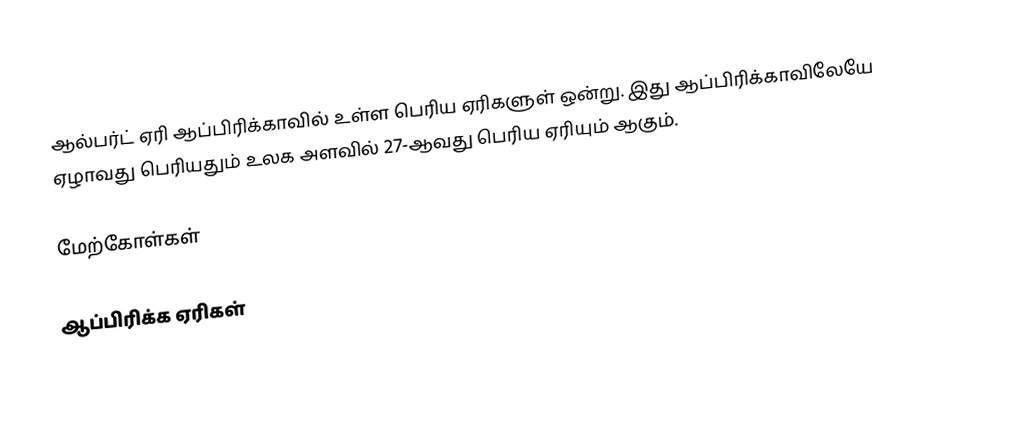
ஆல்பர்ட் ஏரி ஆப்பிரிக்காவில் உள்ள பெரிய ஏரிகளுள் ஒன்று. இது ஆப்பிரிக்காவிலேயே ஏழாவது பெரியதும் உலக அளவில் 27-ஆவது பெரிய ஏரியும் ஆகும்.

மேற்கோள்கள்

ஆப்பிரிக்க ஏரிகள்